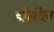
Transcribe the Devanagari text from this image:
हाँसील